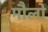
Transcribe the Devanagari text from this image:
मौलो